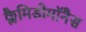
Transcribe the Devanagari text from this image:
क्लैमिडोमॉनैस